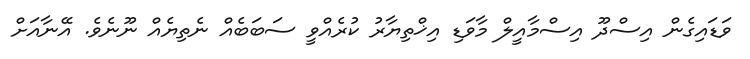
ވަޑައިގެން އިސްދޫ އިސްމާއީލް މާވަޑި އިޚްތިޔާރު ކުރެއްވީ ސަބަބެއް ނެތިޔެއް ނޫނެވެ. އޭނާއަށް